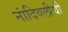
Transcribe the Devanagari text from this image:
नांदिवलीची